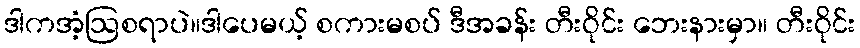
ဒါကအံ့ဩစရာပဲ။ဒါပေမယ့် စကားမစပ် ဒီအခန်း တီးဝိုင်း ဘေးနားမှာ။ တီးဝိုင်း